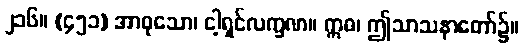
၂၁၆။ (၄၅၁) အာဝုသော၊ ငါ့ရှင်လက္ခဏ။ ဣဓ၊ ဤသာသနာတော်၌။